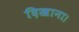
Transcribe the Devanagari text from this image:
दिखाना।